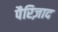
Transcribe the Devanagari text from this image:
पैरिज़ाद